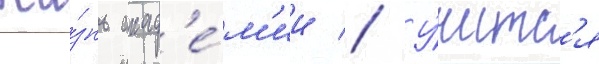
жи́знь акад'е́м'ии // У́читс'я